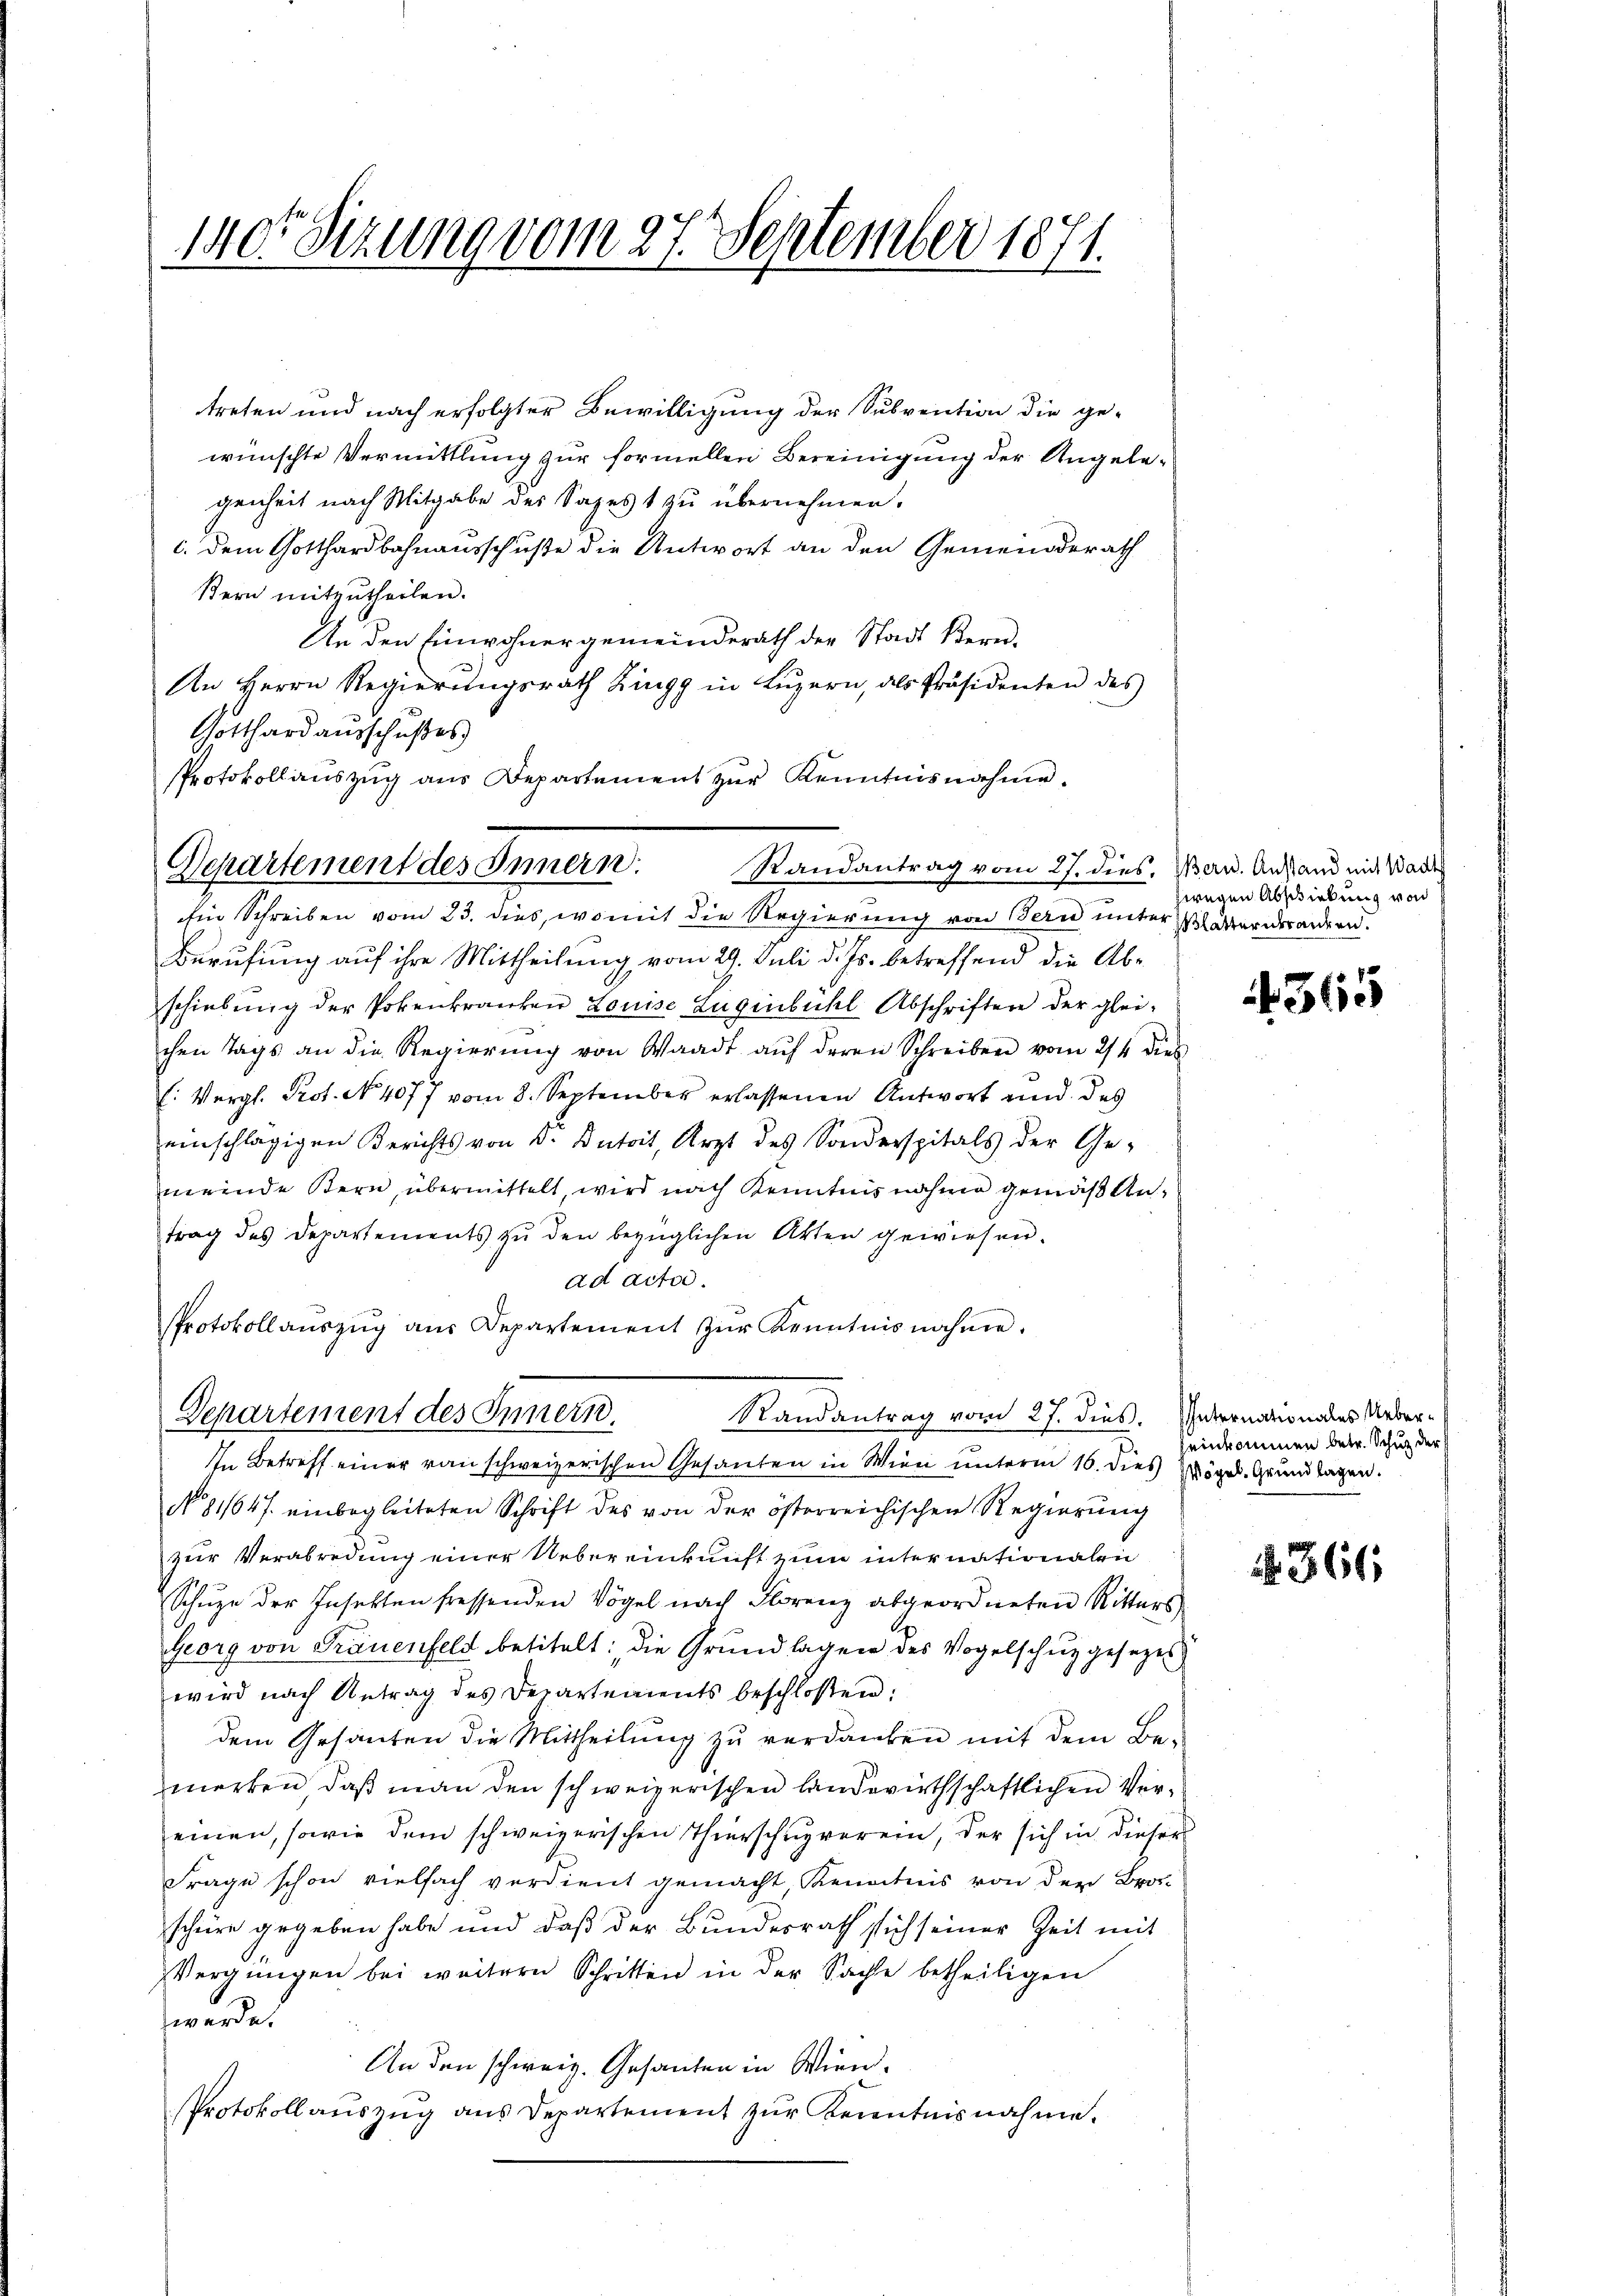
140. Sizung vom 27. September 1871.

.
Randantrag vom 27. dies. Bern. Anstand mit Wacht
Departement des Innern.

treten und nach erfolgter Bewilligung der Subvention die ge-
wünschte Vermittlung zur formellen Bereinigung der Angelegenheit nach Mitgabe des Sapest zu übernehmen.
c. dem Gotthardbahnausschuße die Antwort an den Gemeinderath
ßern mitzutheilen.
An den Einwohnergemeinderath der Stadt Bern.
e
An Herrn Regierŭngsrath Zingg in Lŭzern, als Präsidenten des
Gotthard ausschußes
Protokollauszug aus Departement zur Kenntnisnahme.

Randantrag vom 27. dies. Internationales Ueber¬
Departement des Innern.
In Betreff einer von schweizerischen Gesanten in Wien unterm 16. dies Zögel. Grundlagen.

Ein Schreiben vom 23. dies, womit die Regierung von Bern unter Blätternderandern.
Berufung auf ihre Mittheilung vom 29. Juli d. Js. betreffend die Abschiebung der Pokenkranken Louise Zugenbühl Abschriftere der gleichen Tags an die Regierŭng von Waadt aŭf deren Schreiben vom 24. dies
E: Vergl. Prot. N. 4077 vom 8. September erlassenen Antwort und des
einschlägigen Berichts von d. Antoit, Arzt des Sonderspitals der Ge-
meinde Bern, übermittelt, wird nach Kenntnis nahme gemäß Antrag des Departements zu den bezüglichen Akten gewiesen.
ad actor.
Protokoll aŭszŭg aŭs Departement zŭr Kenntnisnahme.

N 811647. einbegleiteten Schrift des von der österreichischen Regierŭng
zur Verabredung einer Uebereinkunft zum internationalen
Schuze der Insekten fressenden Vögel nach Florenz abgeordneten Ritters,
Georg von Frauenfeld betitelt: die Grundlagen des Vogelschuz gesezet
wird nach Antrag des Departements beschloßen:
dem Gesanten die Mittheilung zu verdanken mit dem Bemerken, daβ man den schweizerischen landwirthschaftlichen Ver-
einen, sowie dem schweizerischen Thierschugverein, der sich in dieser
Frage schon vielfach verdient gemacht Kenntnis von der Brot-
schüre gegeben habe und daß der Bundesrath sich seiner Zeit mit
Vergnügen bei weitern Schritten in der Sache betheiligen
werde.
An den schweiz. Gesanten in Wien.
Protokollauszug aus Departement zur Kenntnisnahme.

zwegen Abschiebung von

if. 365

seinkommen betr. Schuz der

366